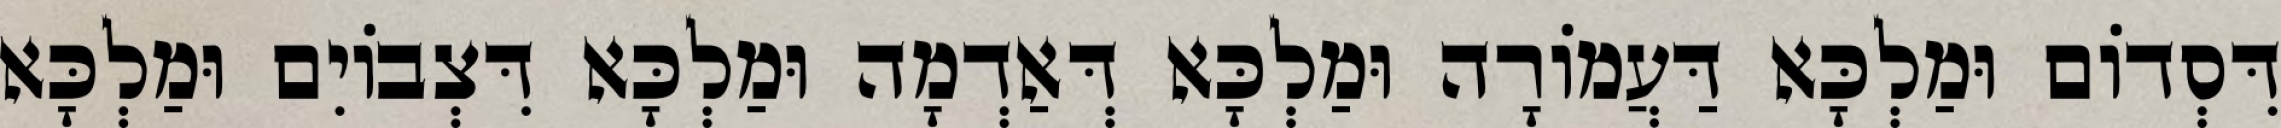
דִּסְדוֹם וּמַלְכָּא דַּעֲמוֹרָה וּמַלְכָּא דְּאַדְמָה וּמַלְכָּא דִּצְבוֹיִם וּמַלְכָּא